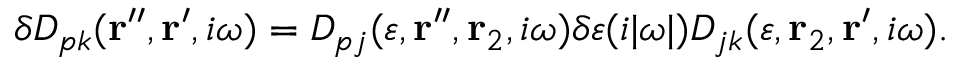
\delta D _ { p k } ( { \bf r } ^ { \prime \prime } , { \bf r } ^ { \prime } , i \omega ) = D _ { p j } ( \varepsilon , { \bf r } ^ { \prime \prime } , { \bf r } _ { 2 } , i \omega ) \delta \varepsilon ( i | \omega | ) D _ { j k } ( \varepsilon , { \bf r } _ { 2 } , { \bf r } ^ { \prime } , i \omega ) .